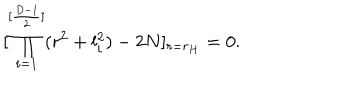
[ \prod _ { i = 1 } ^ { [ { \frac { D - 1 } { 2 } } ] } ( r ^ { 2 } + l _ { i } ^ { 2 } ) - 2 N ] _ { r = r _ { H } } = 0 .